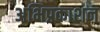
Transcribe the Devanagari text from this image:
अभिप्रकाशन